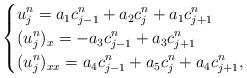
LaTeX: \begin{align*} \begin{cases} \displaystyle{ u_j^n=a_1 c_{j-1}^n+a_2 c_{j}^n+ a_1 c_{j+1}^n}\\ \displaystyle{ (u_j^n)_x=-a_3 c_{j-1}^n+a_3 c_{j+1}^n}\\ \displaystyle{ (u_j^n)_{xx}=a_4 c_{j-1}^n+ a_5 c_{j}^n +a_4 c_{j+1}^n,} \end{cases}\end{align*}